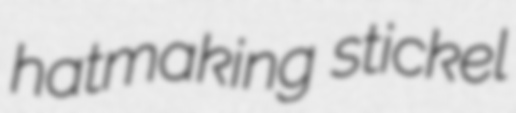
hatmaking stickel